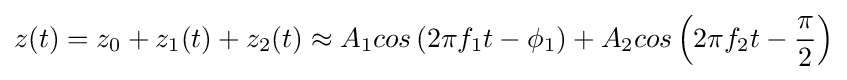
z(t)=z_{0}+z_{1}(t)+z_{2}(t)\approx A_{1}cos\left(2\pi f_{1}t-\phi _{1}\right)+A_{2}cos\left(2\pi f_{2}t-{\frac {\pi }{2}}\right)